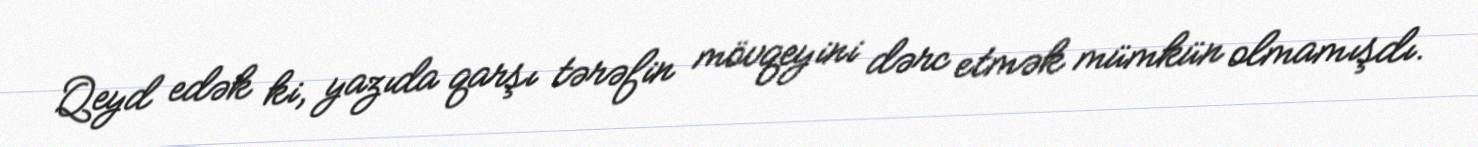
Qeyd edək ki, yazıda qarşı tərəfin mövqeyini dərc etmək mümkün olmamışdı.